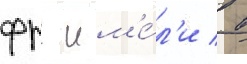
фрг им'е́л'и / в